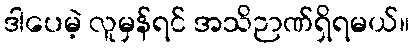
ဒါပေမဲ့ လူမှန်ရင် အသိဉာဏ်ရှိရမယ်။